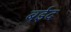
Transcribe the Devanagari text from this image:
बईद